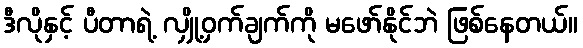
ဒီလိုနှင့် ပီတာရဲ့ လျှို့ဝှက်ချက်ကို မဖော်နိုင်ဘဲ ဖြစ်နေတယ်။